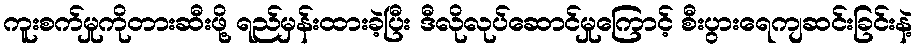
ကူးစက်မှုကိုတားဆီးဖို့ ရည်မှန်းထားခဲ့ပြီး ဒီလိုလုပ်ဆောင်မှုကြောင့် စီးပွားရေကျဆင်းခြင်းနဲ့